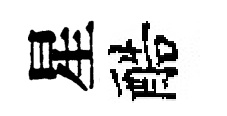
星醅